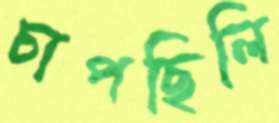
চাপছিলি